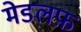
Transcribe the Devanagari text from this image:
मेडलफ़